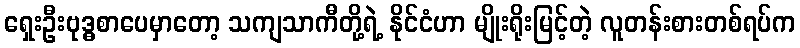
ရှေးဦးဗုဒ္ဓစာပေမှာတော့ သကျသာကီတို့ရဲ့ နိုင်ငံဟာ မျိုးရိုးမြင့်တဲ့ လူတန်းစားတစ်ရပ်က